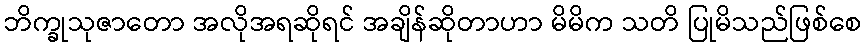
ဘိက္ခုသုဇာတော အလိုအရဆိုရင် အချိန်ဆိုတာဟာ မိမိက သတိ ပြုမိသည်ဖြစ်စေ